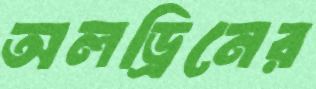
অলড্রিনের